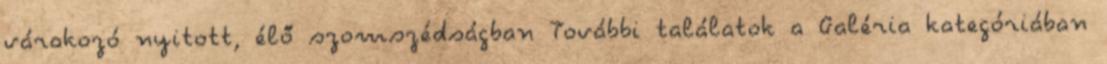
várakozó nyitott, élő szomszédságban További találatok a Galéria kategóriában